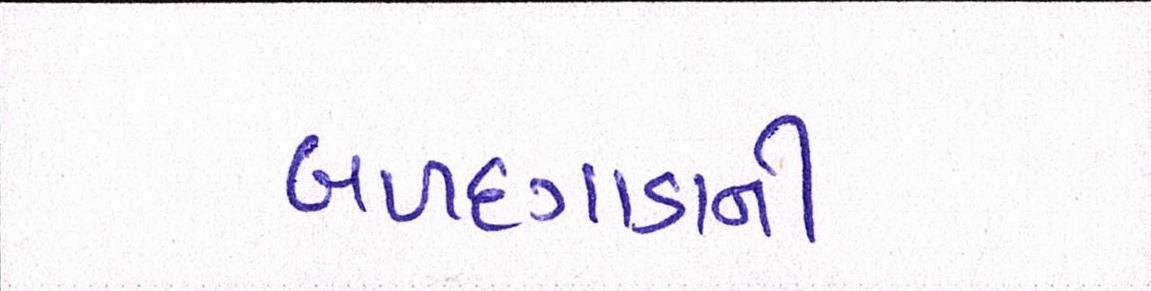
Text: બળદગાડાની